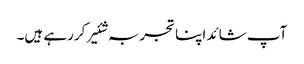
آپ شائد اپنا تجربہ شئیر کررہے ہیں۔